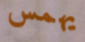
يهمس